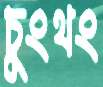
চুংথং